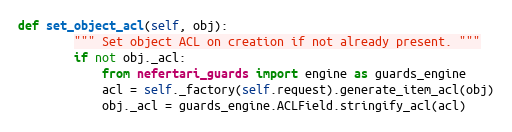
Language: Python
def set_object_acl(self, obj):
        """ Set object ACL on creation if not already present. """
        if not obj._acl:
            from nefertari_guards import engine as guards_engine
            acl = self._factory(self.request).generate_item_acl(obj)
            obj._acl = guards_engine.ACLField.stringify_acl(acl)